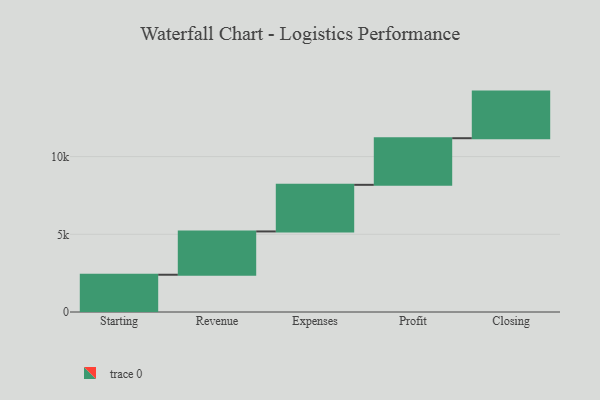
{"axis": {"x": "Step", "y": "Value"}, "legend": [""], "data": [{"x": "Starting", "y": 2398.0, "type": ""}, {"x": "Revenue", "y": 2787.0, "type": ""}, {"x": "Expenses", "y": 3000, "type": ""}, {"x": "Profit", "y": 3000, "type": ""}, {"x": "Closing", "y": 3000, "type": ""}]}